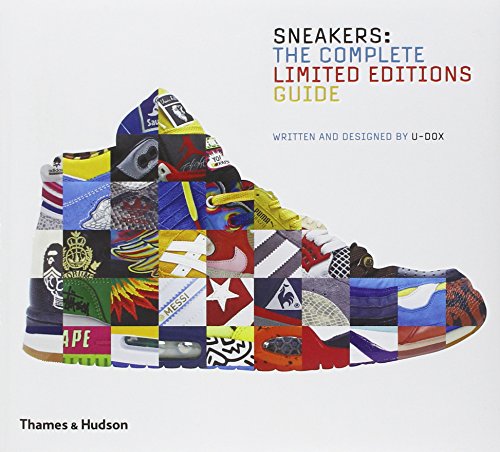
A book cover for Sneakers: The Complete Limited Editions Guide; U-Dox; Health, Fitness & Dieting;